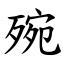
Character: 㱧